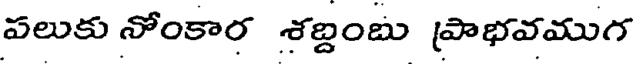
పలుకు నోంకార శబ్దంబు ప్రాభవముగ